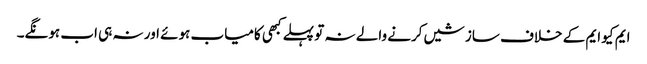
ایم کیو ایم کے خلاف سازشیں کرنے والے نہ تو پہلے کبھی کامیاب ہوئے اور نہ ہی اب ہونگے۔